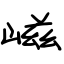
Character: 嵫